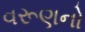
વરૂણનો